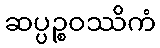
ဆပ္ပဉ္စဝဿိကံ